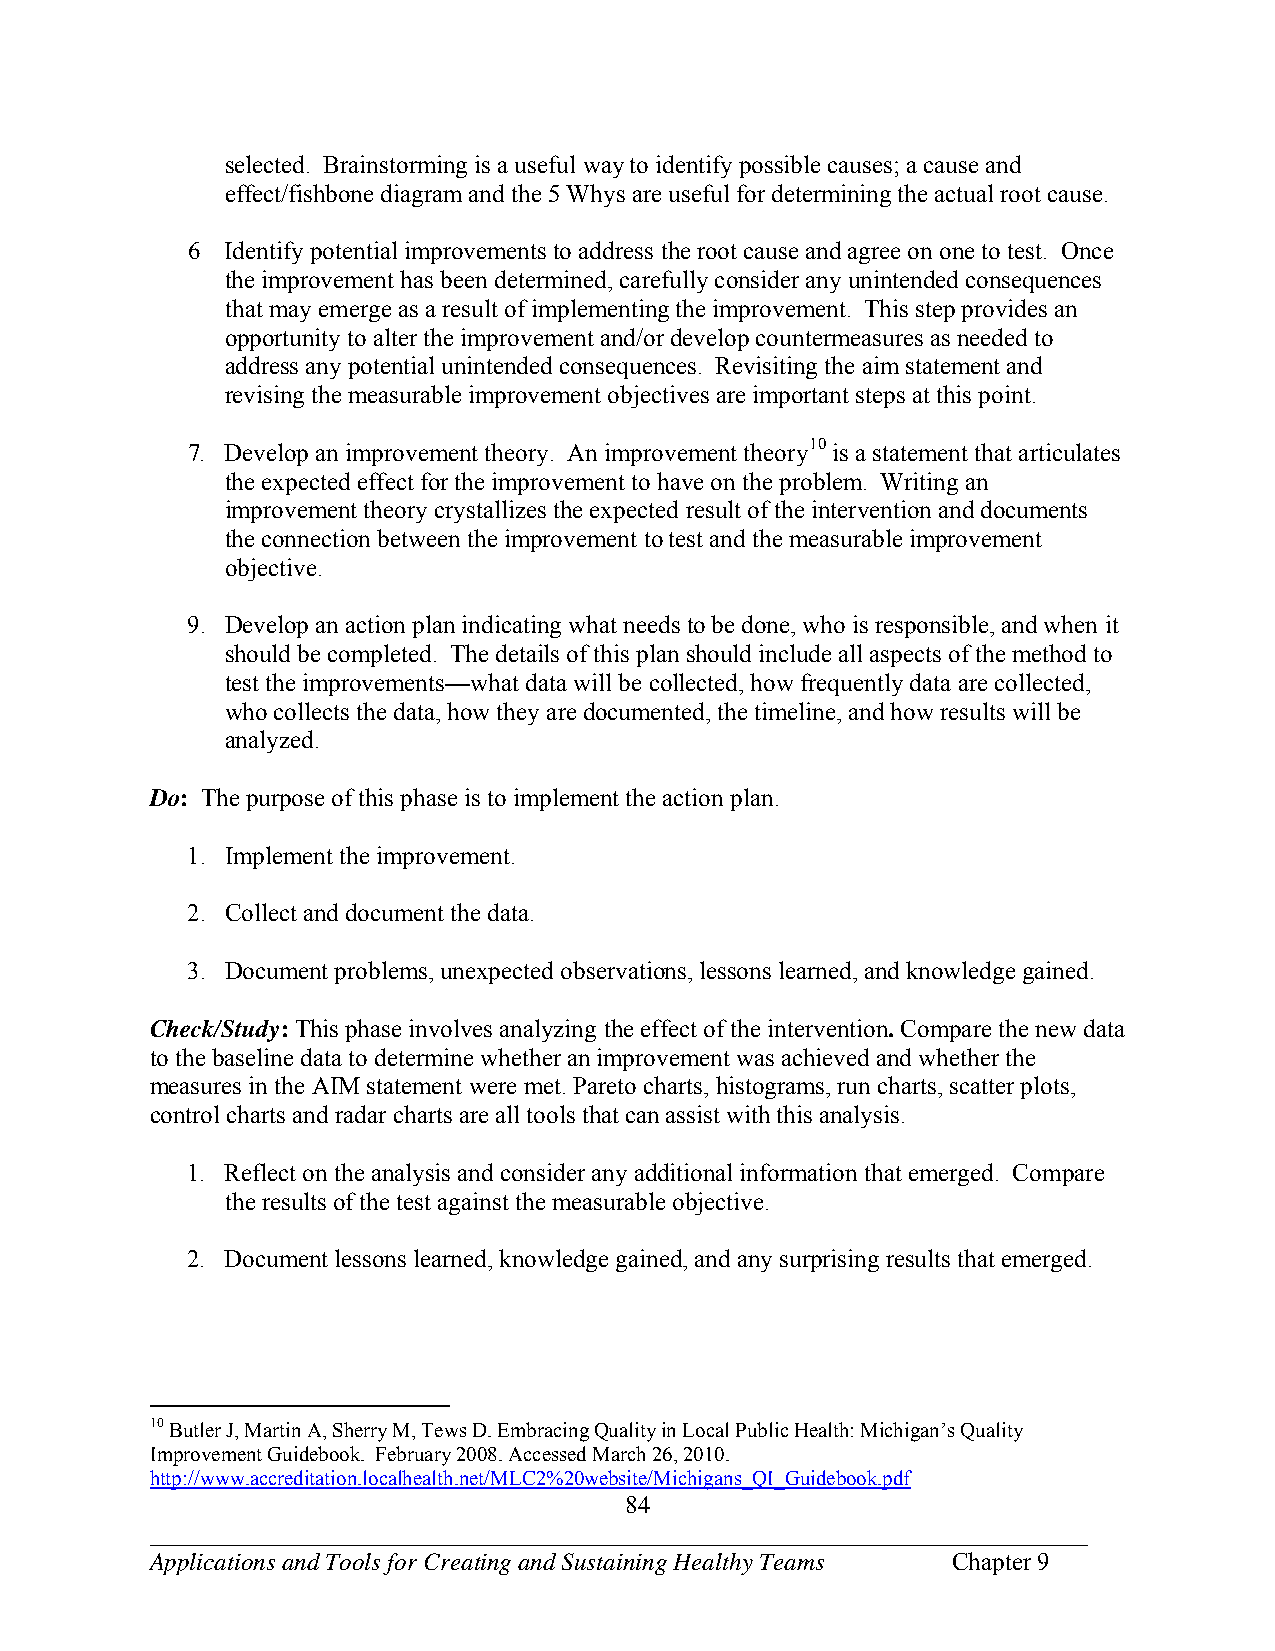
selected. Brainstorming is a useful way to identify possible causes; a cause and
 effect/fishbone diagram and the 5 Whys are useful for determining the actual root cause.
 6  Identify potential improvements to address the root cause and agree on one to test. Once
 the improvement has been determined, carefully consider any unintended consequences
 that may emerge as a result of implementing the improvement. This step provides an
 opportunity to alter the improvement and/or develop countermeasures as needed to
 address any potential unintended consequences. Revisiting the aim statement and
 revising the measurable improvement objectives are important steps at this point.
 7. Develop an improvement theory. An improvement theory10 is a statement that articulates
 the expected effect for the improvement to have on the problem. Writing an
 improvement theory crystallizes the expected result of the intervention and documents
 the connection between the improvement to test and the measurable improvement
 objective.
 9. Develop an action plan indicating what needs to be done, who is responsible, and when it
 should be completed. The details of this plan should include all aspects of the method to
 test the improvements—what data will be collected, how frequently data are collected,
 who collects the data, how they are documented, the timeline, and how results will be
 analyzed.
 Do: The purpose of this phase is to implement the action plan.
 1. Implement the improvement.
 2. Collect and document the data.
 3. Document problems, unexpected observations, lessons learned, and knowledge gained.
 Check/Study: This phase involves analyzing the effect of the intervention. Compare the new data
 to the baseline data to determine whether an improvement was achieved and whether the
 measures in the AIM statement were met. Pareto charts, histograms, run charts, scatter plots,
 control charts and radar charts are all tools that can assist with this analysis.
 1. Reflect on the analysis and consider any additional information that emerged. Compare
 the results of the test against the measurable objective.
 2. Document lessons learned, knowledge gained, and any surprising results that emerged.
 10 Butler J, Martin A, Sherry M, Tews D. Embracing Quality in Local Public Health: Michigan’s Quality
 Improvement Guidebook. February 2008. Accessed March 26, 2010.
 http://www.accreditation.localhealth.net/MLC2%20website/Michigans_QI_Guidebook.pdf
 84
 ___________________________________________________________________________
 Applications and Tools for Creating and Sustaining Healthy Teams Chapter 9